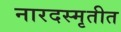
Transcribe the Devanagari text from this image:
नारदस्मृतीत